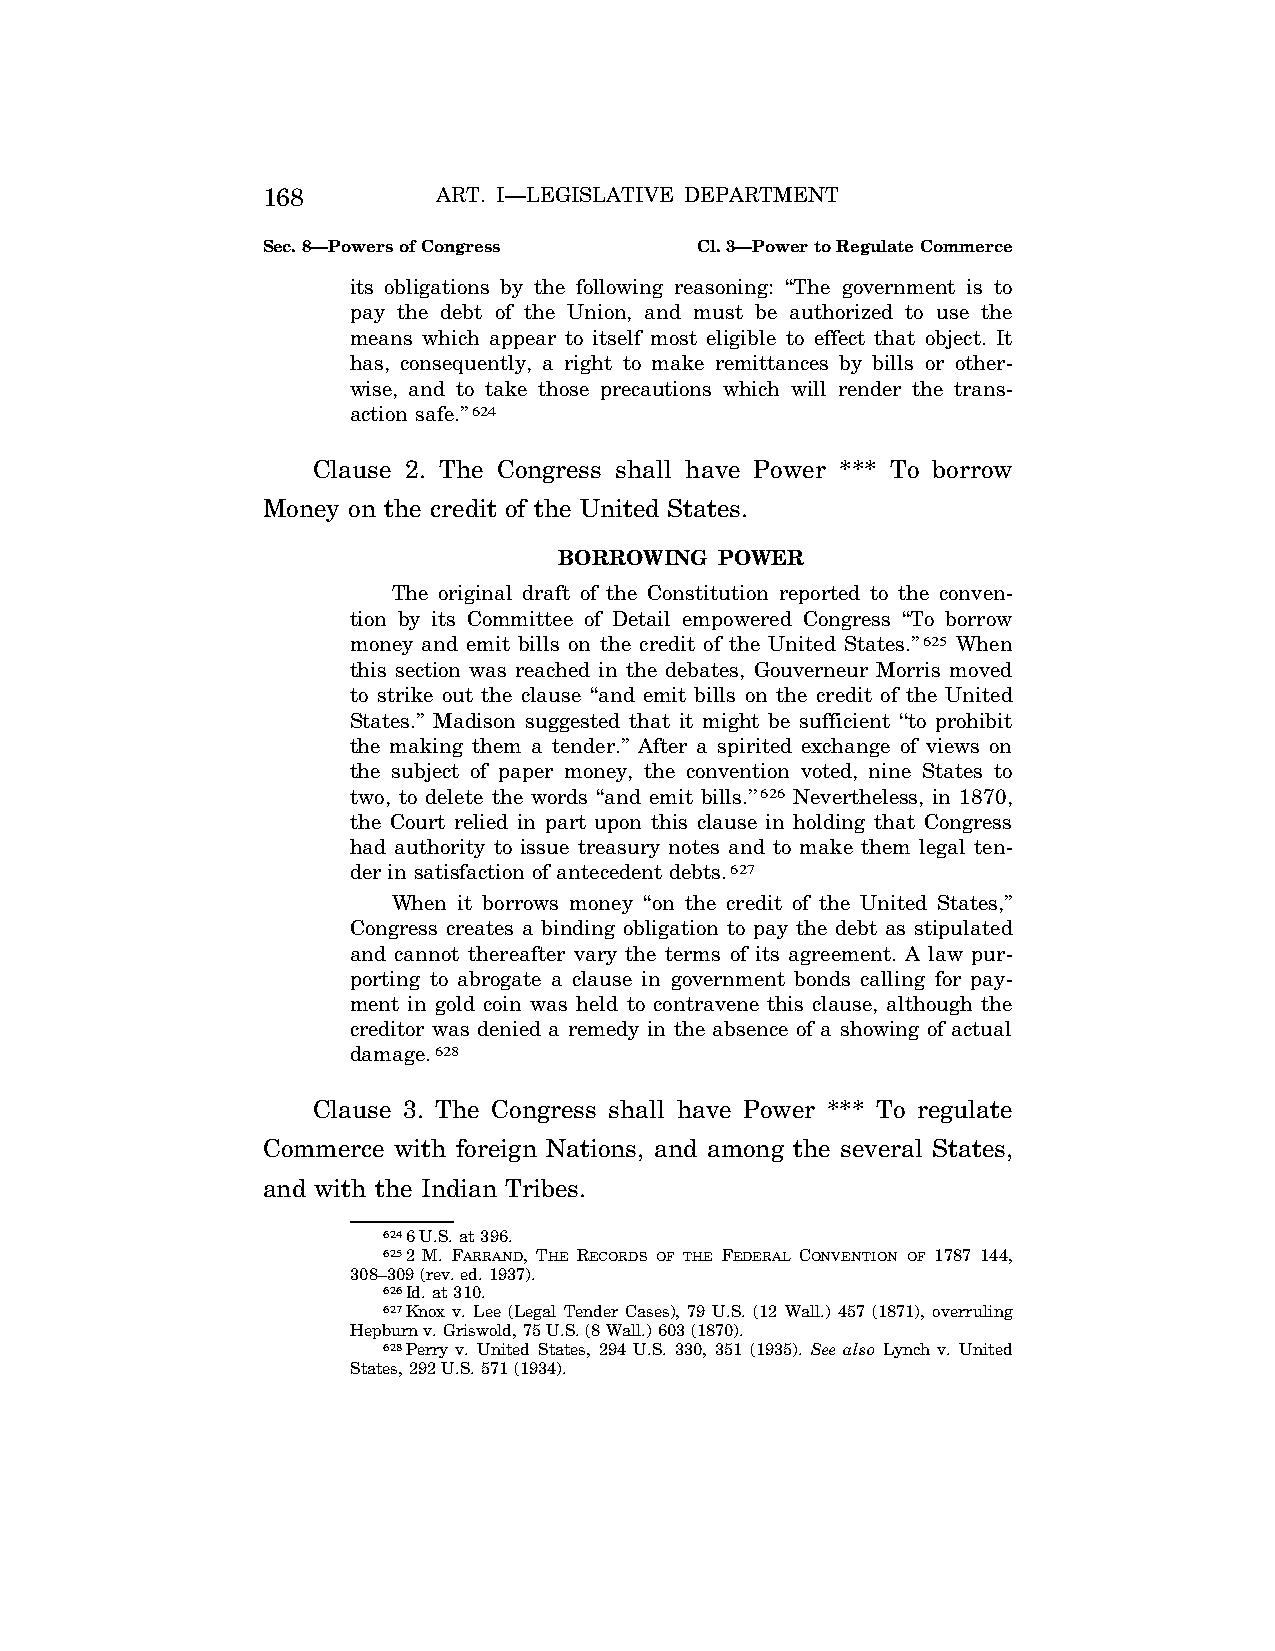
168         ART. I—LEGISLATIVE DEPARTMENT
 Sec. 8—Powers of Congress    Cl. 3—Power to Regulate Commerce
 its obligations by the following reasoning: ‘‘The government is to
 pay the debt of the Union, and must be authorized to use the
 means which appear to itself most eligible to effect that object. It
 has, consequently, a right to make remittances by bills or other-
 wise, and to take those precautions which will render the trans-
 action safe.’’624
 Clause 2. The Congress shall have Power *** To borrow
 Money on the credit of the United States.
 BORROWING  POWER
 The original draft of the Constitution reported to the conven-
 tion by its Committee of Detail empowered Congress ‘‘To borrow
 money and emit bills on the credit of the United States.’’625 When
 this section was reached in the debates, Gouverneur Morris moved
 to strike out the clause ‘‘and emit bills on the credit of the United
 States.’’ Madison suggested that it might be sufficient ‘‘to prohibit
 the making them a tender.’’ After a spirited exchange of views on
 the subject of paper money, the convention voted, nine States to
 two, to delete the words ‘‘and emit bills.’’626 Nevertheless, in 1870,
 the Court relied in part upon this clause in holding that Congress
 had authority to issue treasury notes and to make them legal ten-
 der in satisfaction of antecedent debts.627
 When it borrows money ‘‘on the credit of the United States,’’
 Congress creates a binding obligation to pay the debt as stipulated
 and cannot thereafter vary the terms of its agreement. A law pur-
 porting to abrogate a clause in government bonds calling for pay-
 ment in gold coin was held to contravene this clause, although the
 creditor was denied a remedy in the absence of a showing of actual
 damage.628
 Clause 3. The Congress shall have Power *** To regulate
 Commerce with foreign Nations, and among the several States,
 and with the Indian Tribes.
 6246 U.S. at 396.
 6252 M. FARRAND, THE RECORDS OF THE FEDERAL CONVENTION OF 1787 144,
 308–309 (rev. ed. 1937).
 626Id. at 310.
 627Knox v. Lee (Legal Tender Cases), 79 U.S. (12 Wall.) 457 (1871), overruling
 Hepburn v. Griswold, 75 U.S. (8 Wall.) 603 (1870).
 628Perry v. United States, 294 U.S. 330, 351 (1935). See also Lynch v. United
 States, 292 U.S. 571 (1934).
 VerDate Apr<14>2004 12:35 Apr 14, 2004 Jkt 077500 PO 00000 Frm 00106 Fmt 8222 Sfmt 8222 C:\CONAN\CON009.SGM PRFM99 PsN: CON009